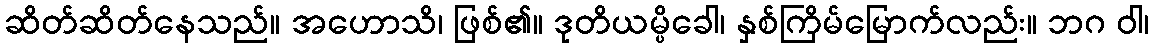
ဆိတ်ဆိတ်နေသည်။ အဟောသိ၊ ဖြစ်၏။ ဒုတိယမ္ပိခေါ၊ နှစ်ကြိမ်မြောက်လည်း။ ဘဂ ဝါ၊